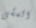
المشى